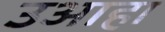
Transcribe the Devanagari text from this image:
उआहा